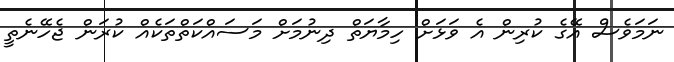
ނަމަވެސް އޭގެ ކުރިން އެ ވަޅަށް ހިމާޔަތް ދިނުމަށް މަސައްކަތްތަކެއް ކުރަން ޖެހޭނެތީ